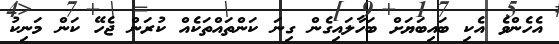
އެހެންވެ އެކި ބައިބަޔަށް ބަހާލައިގެން ގިނަ ކަންތައްތަކެއް ކުރަން ޖެހޭ ކަން މަނިކު